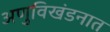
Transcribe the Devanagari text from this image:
अणुविखंडनात